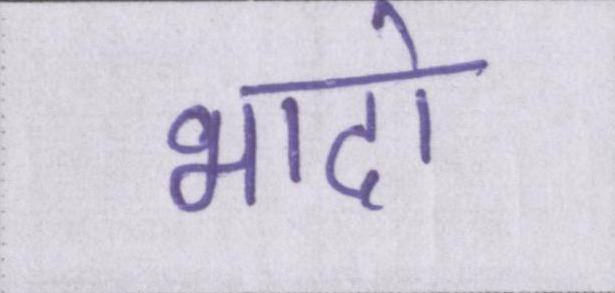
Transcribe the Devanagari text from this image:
भादो